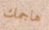
هاجمك